Indian journal of veterinary science and animal husbandry - Volumes 24-25, 1954-1955
Year: 1954
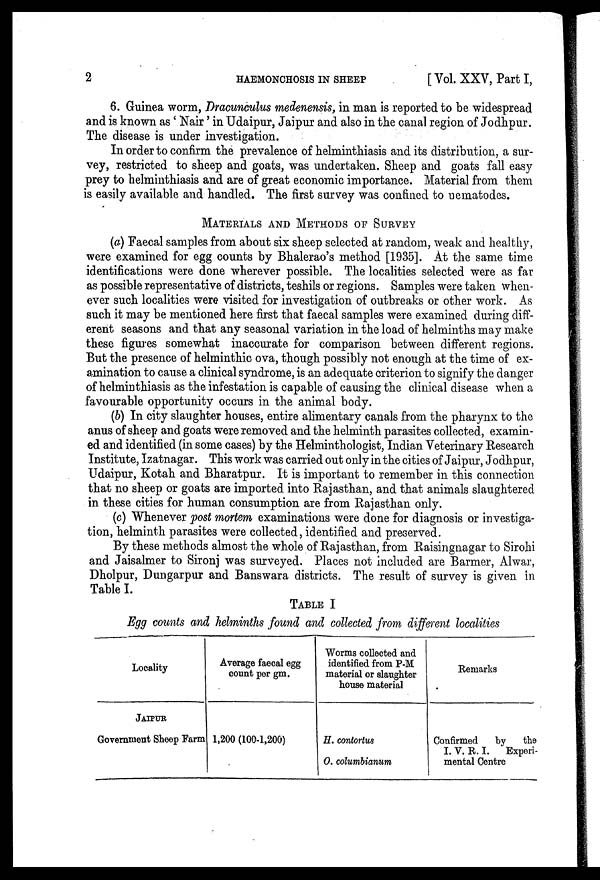
2
HAEMONCHOSIS IN SHEEP
[Vol. XXV, Part I,
6. Guinea worm, Dracunculus medenensis, in man is reported to be widespread
and is known as 'Nair' in Udaipur, Jaipur and also in the canal region of Jodhpur.
The disease is under investigation.
In order to confirm the prevalence of helminthiasis and its distribution, a sur-
vey, restricted to sheep and goats, was undertaken. Sheep and goats fall easy
prey to helminthiasis and are of great economic importance. Material from them
is easily available and handled. The first survey was confined to nematodes.
MATERIALS AND METHODS OF SURVEY
(a) Faecal samples from about six sheep selected at random, weak and healthy,
were examined for egg counts by Bhalerao's method [1935]. At the same time
identifications were done wherever possible. The localities selected were as far
as possible representative of districts, teshils or regions. Samples were taken when-
ever such localities were visited for investigation of outbreaks or other work. As
such it may be mentioned here first that faecal samples were examined during diff-
erent seasons and that any seasonal variation in the load of helminths may make
these figures somewhat inaccurate for comparison between different regions.
But the presence of helminthic ova, though possibly not enough at the time of ex-
amination to cause a clinical syndrome, is an adequate criterion to signify the danger
of helminthiasis as the infestation is capable of causing the clinical disease when a
favourable opportunity occurs in the animal body.
(b) In city slaughter houses, entire alimentary canals from the pharynx to the
anus of sheep and goats were removed and the helminth parasites collected, examin-
ed and identified (in some cases) by the Helminthologist, Indian Veterinary Research
Institute, Izatnagar. This work was carried out only in the cities of Jaipur, Jodhpur,
Udaipur, Kotah and Bharatpur. It is important to remember in this connection
that no sheep or goats are imported into Rajasthan, and that animals slaughtered
in these cities for human consumption are from Rajasthan only.
(c) Whenever post mortem examinations were done for diagnosis or investiga-
tion, helminth parasites were collected, identified and preserved.
By these methods almost the whole of Rajasthan, from Raisingnagar to Sirohi
and Jaisalmer to Sironj was surveyed. Places not included are Barmer, Alwar,
Dholpur, Dungarpur and Banswara districts. The result of survey is given in
Table I.
TABLE I
Egg counts and helminths found and collected from different localities
Locality
JAIPUR
Government Sheep Farm
Average faecal egg
count per gm.
1,200 (100-1,200)
Worms collected and
identified from P-M
material or slaughter
house material
H. contortus
O. columbianum
Remarks
Confirmed
by
the
I. V. R. I.
Experi-
mental Centre